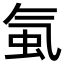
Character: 𧉁